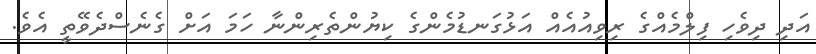
އަދި ދިވެހި ފިލްމެއްގެ ރިވިއުއެއް އަޅުގަނޑުމެންގެ ކިޔުންތެރިންނާ ހަމަ އަށް ގެނެސްދެވޭތީ އެވެ.